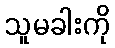
သူမခါးကို